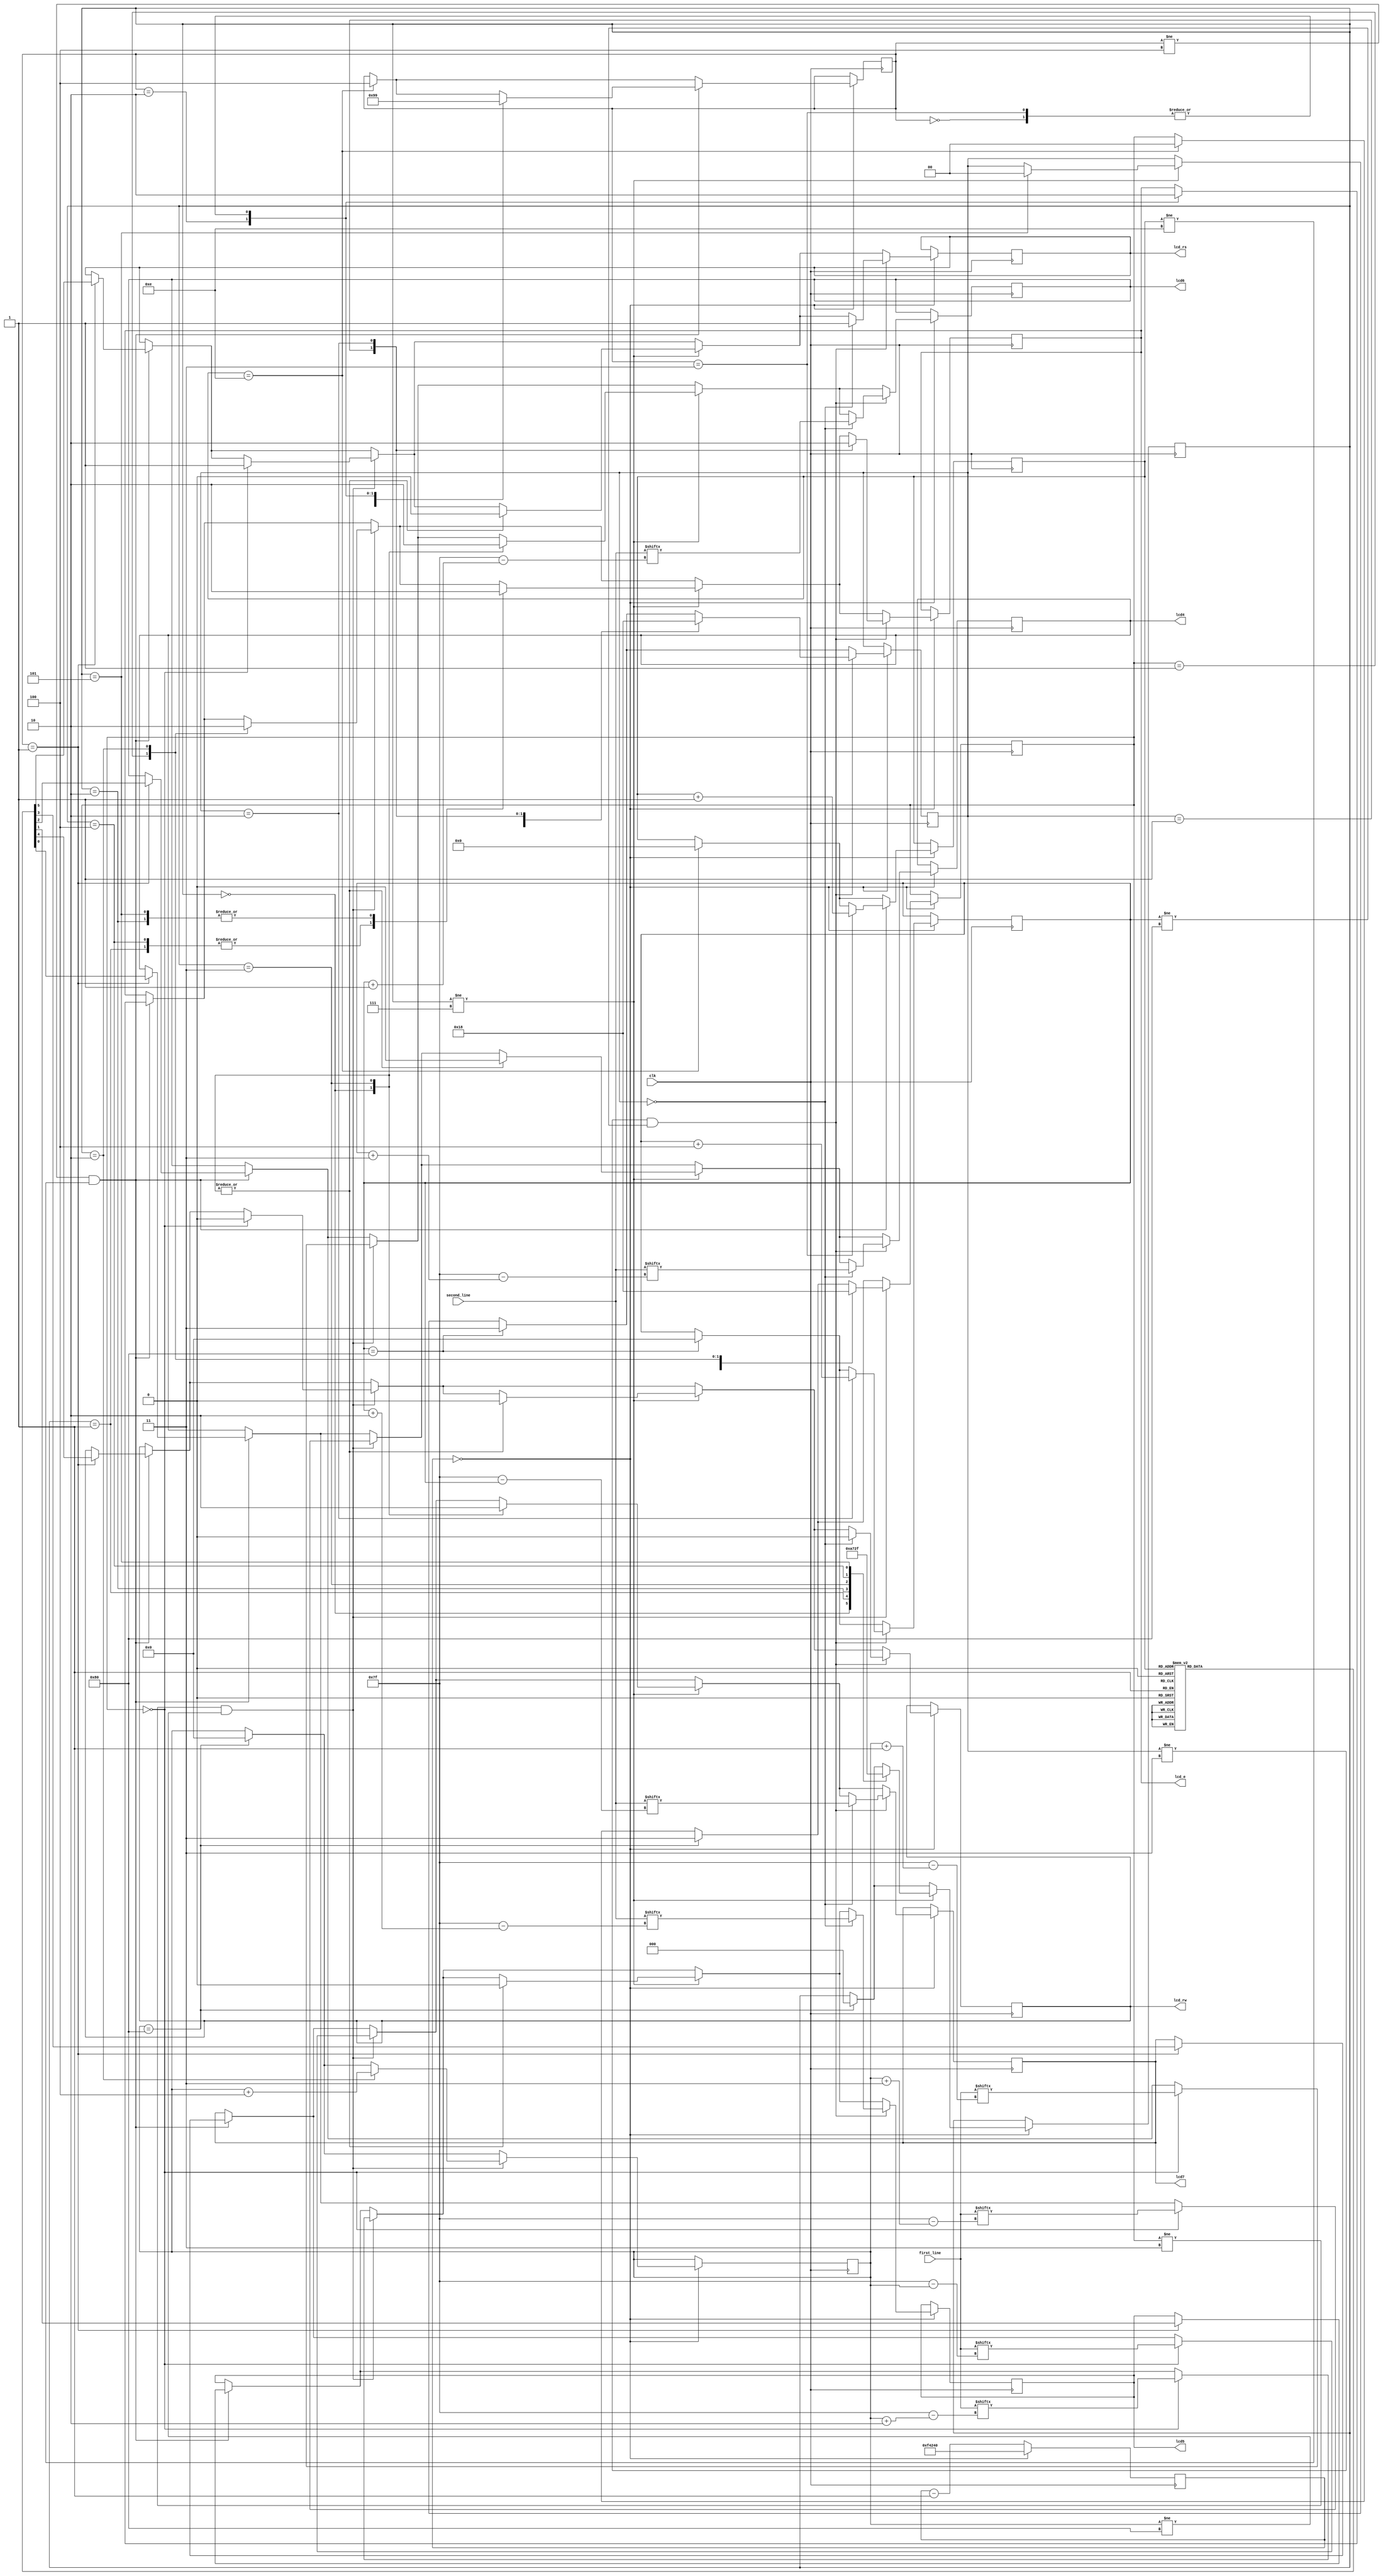
`timescale 1ns / 1ps
//////////////////////////////////////////////////////////////////////////////////
// Company: 
// Engineer: 
// 
// Design Name: 
// Module Name:    lcd_welcome 
// Project Name: 
// Target Devices: 
// Tool versions: 
// Description: 
//
// Dependencies: 
//
// Revision: 
// Revision 0.01 - File Created
// Additional Comments: 
//
//////////////////////////////////////////////////////////////////////////////////
module lcd_welcome(
	first_line,
	second_line,
	clk,
	lcd_rs,
	lcd_rw,
	lcd_e,
	lcd4,
	lcd5,
	lcd6,
	lcd7
    );

	 input [0:127] first_line;
	 input [0:127] second_line;
	 input clk;
	 output lcd_rs, lcd_rw, lcd_e, lcd4, lcd5, lcd6, lcd7;
	 reg lcd_rs, lcd_rw, lcd_e, lcd4, lcd5, lcd6, lcd7;

	 reg [7:0] first_line_index = 0;
	 reg [1:0] first_line_state = 3;
	 
	 reg [7:0] second_line_index = 0;
	 reg [1:0] second_line_state = 3;
	 
	 reg [19:0] counter = 1_000_000;
	 reg [2:0] next_state = 0;
	 
	 reg [2:0] line_break_state = 7;
	 
	 reg [5:0] init_ROM [0:13];
	 reg [3:0] init_ROM_index = 0;
	 
	 // Initialization code
	 initial begin
		init_ROM[0] = 6'h03;
		init_ROM[1] = 6'h03;
		init_ROM[2] = 6'h03;
		init_ROM[3] = 6'h02;
		init_ROM[4] = 6'h02;
		init_ROM[5] = 6'h08;
		init_ROM[6] = 6'h00;
		init_ROM[7] = 6'h06;
		init_ROM[8] = 6'h00;
		init_ROM[9] = 6'h0c;
		init_ROM[10] = 6'h00;
		init_ROM[11] = 6'h01;
		init_ROM[12] = 6'h08;
		init_ROM[13] = 6'h00;
	 end
	
	always @ (posedge clk) begin
	   if (counter == 0) begin
		   counter <= 1_000_000;
			
			// Initialization state machine
			if (init_ROM_index == 14) begin
				next_state <= 4;
				init_ROM_index <= 0;
				first_line_state <= 0;
			end
					
			if ((next_state != 4) && (init_ROM_index != 14)) begin
			  case (next_state)
			   0: begin
						lcd_e <= 0;
						next_state <= 1;
               end
					
            1: begin
						{lcd_rs, lcd_rw, lcd7, lcd6, lcd5, lcd4} <= init_ROM[init_ROM_index];
						next_state <= 2;
				   end
					
				2: begin
				      lcd_e <= 1;
						next_state <= 3;
					end
					
				3: begin
				      lcd_e <= 0;
						next_state <= 1;
						init_ROM_index <= init_ROM_index + 1;
					end
				endcase
			end
			
			// First line state machine
			if (first_line_index == 128) begin
				first_line_state <= 3;
				first_line_index <= 0;
				line_break_state <= 0;
			end
			if ((first_line_state != 3) && (first_line_index != 128)) begin
				case (first_line_state)
					0: begin
							{lcd_rs, lcd_rw, lcd7, lcd6, lcd5, lcd4} <= {2'h2,first_line[first_line_index],first_line[first_line_index+1],first_line[first_line_index+2],first_line[first_line_index+3]};
							first_line_state <= 1;
						end
						
					1: begin
							lcd_e <= 1;
							first_line_state <= 2;
						end
					
					2: begin
							lcd_e <= 0;
							first_line_state <= 0;
							first_line_index <= first_line_index+4;
						end
				endcase
			end
			
			// Line break state machine
			if (line_break_state != 7) begin
				case (line_break_state)
					0: begin
							{lcd_rs, lcd_rw, lcd7, lcd6, lcd5, lcd4} <= 6'h0c;
							line_break_state <= 1;
						end
						
					1: begin
							lcd_e <= 1;
							line_break_state <= 2;
						end
						
					2: begin
							lcd_e <= 0;
							line_break_state <= 3;
						end
						
					3: begin
							{lcd_rs, lcd_rw, lcd7, lcd6, lcd5, lcd4} <= 6'h00;
							line_break_state <= 4;
						end
						
					4: begin
							lcd_e <= 1;
							line_break_state <= 5;
						end
						
					5: begin
							lcd_e <= 0;
							line_break_state <= 7;
							second_line_state <= 0;
						end
				endcase
			end
			
			// Second line state machine
			if (second_line_index == 128) begin
				second_line_state <= 3;
				second_line_index <= 0;
			end
			if ((second_line_state != 3) && (second_line_index != 128)) begin
				case (second_line_state)
					0: begin
							{lcd_rs, lcd_rw, lcd7, lcd6, lcd5, lcd4} <= {2'h2,second_line[second_line_index],second_line[second_line_index+1],second_line[second_line_index+2],second_line[second_line_index+3]};
							second_line_state <= 1;
						end
						
					1: begin
							lcd_e <= 1;
							second_line_state <= 2;
						end
					
					2: begin
							lcd_e <= 0;
							second_line_state <= 0;
							second_line_index <= second_line_index+4;
						end
				endcase
			end
		end
		else 
		begin 
		   counter <= counter - 1;
		end
	end
endmodule